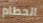
الحطام